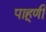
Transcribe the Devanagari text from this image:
पाहूणी